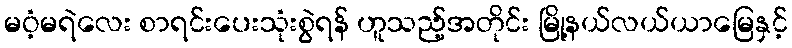
မဝံ့မရဲလေး စာရင်းပေးသုံးစွဲရန် ဟူသည့်အတိုင်း မြို့နယ်လယ်ယာမြေနှင့်